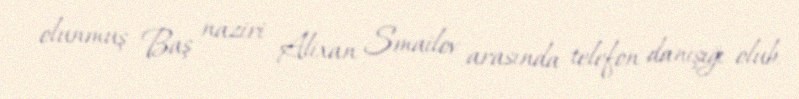
olunmuş Baş naziri Alixan Smailov arasında telefon danışığı olub.